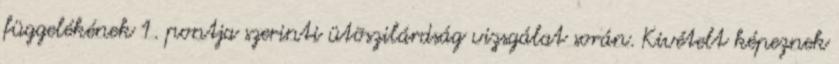
függelékének 1. pontja szerinti ütõszilárdság vizsgálat során. Kivételt képeznek